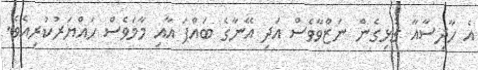
އެ ހާދިސާއާ ގުޅިގެން ނަޒްވާވެސް އަދި އޭނާގެ ބައްޕަ އާއި މާމަވެސް ހައްޔަރުކުރިއެވެ.